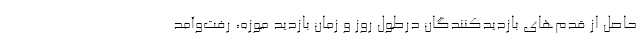
حاصل از قدم‌های بازدیدکنندگان درطول روز و زمان بازدید موزه، رفت‌و‌آمد